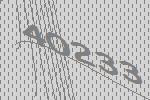
40233